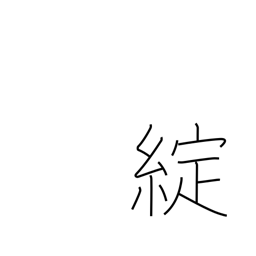
Meaning: ripped